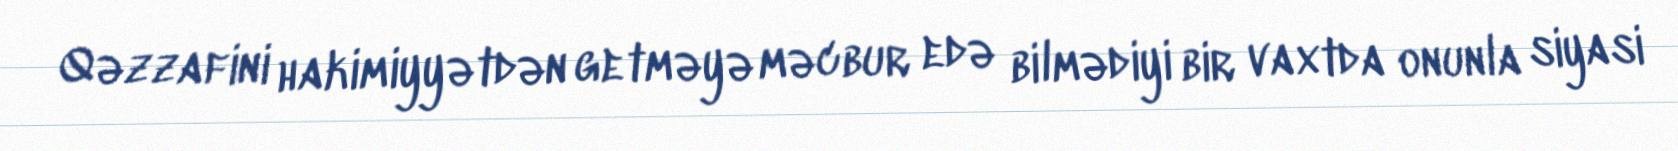
Qəzzafini hakimiyyətdən getməyə məcbur edə bilmədiyi bir vaxtda onunla siyasi